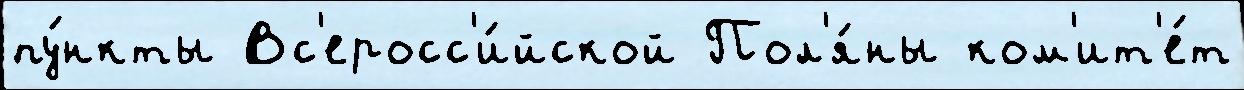
пу́нкты Вс'еросс'и́йской Пол'я́ны ком'ит'е́т